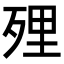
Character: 𭮔